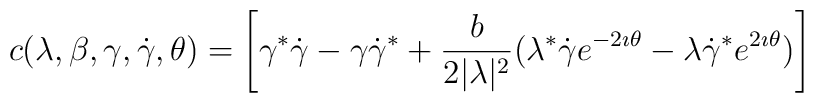
c(\lambda,\beta,\gamma,\dot\gamma,\theta) =\left[\gamma^* \dot\gamma - \gamma \dot\gamma^*+\frac{b}{2|\lambda|^2} (\lambda^* \dot\gamma e^{-2\imath\theta}- \lambda \dot\gamma^* e^{2\imath \theta})\right]